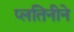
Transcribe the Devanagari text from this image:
प्लतिनीने